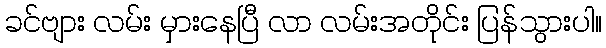
ခင်ဗျား လမ်း မှားနေပြီ လာ လမ်းအတိုင်း ပြန်သွားပါ။